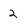
Character: 2